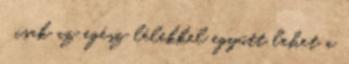
csak az egész lélekkel együtt lehet a